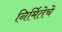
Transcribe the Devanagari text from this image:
निर्मितेचे